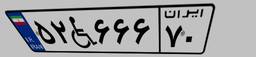
۵۲W۶۶۶۷۰